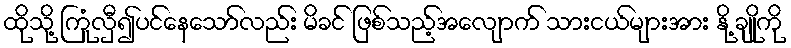
ထိုသို့ ကြုံလှီ၍ပင်နေသော်လည်း မိခင် ဖြစ်သည့်အလျောက် သားငယ်များအား နို့ ချိုကို